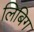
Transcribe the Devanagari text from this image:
लिबिग